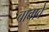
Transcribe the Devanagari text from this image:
चावावे